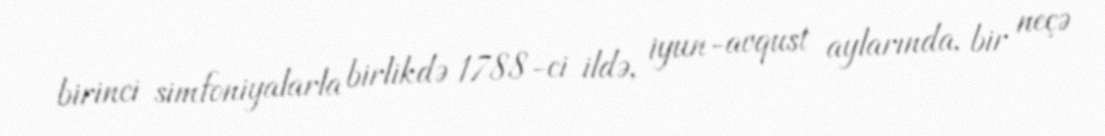
birinci simfoniyalarla birlikdə 1788-ci ildə, iyun-avqust aylarında, bir neçə